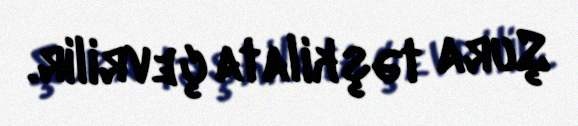
Şura təşkilata çevrilir.